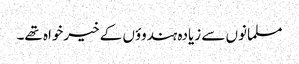
مسلمانوں سے زیادہ ہندوؤں کے خیرخواہ تھے۔